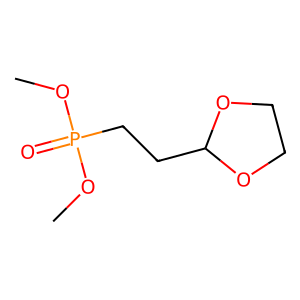
SMILES: COP(=O)(CCC1OCCO1)OC
Inhibits HIV replication: No